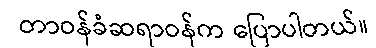
တာဝန်ခံဆရာဝန်က ပြောပါတယ်။